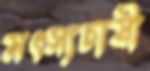
মৎস্যচাষী